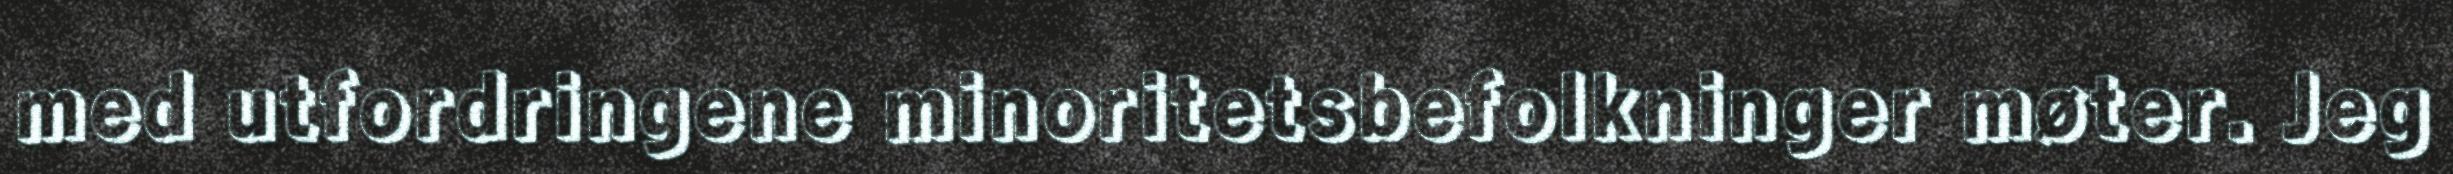
med utfordringene minoritetsbefolkninger møter. Jeg